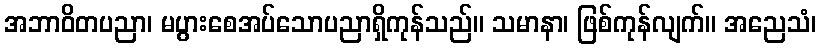
အဘာဝိတပညာ၊ မပွားစေအပ်သောပညာရှိကုန်သည်။ သမာနာ၊ ဖြစ်ကုန်လျက်။ အညေသံ၊